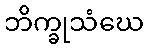
ဘိက္ခုသံဃေ